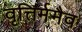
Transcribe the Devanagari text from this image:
वृत्तिर्ममैव